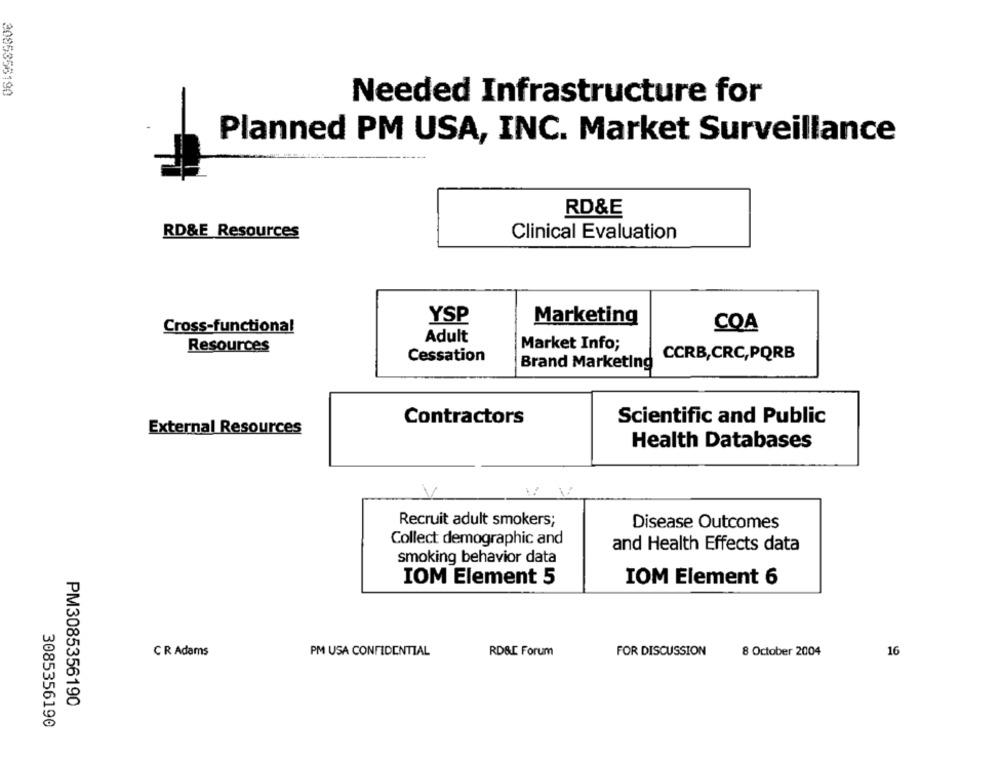
3085356190
Needed Infrastructure for
Planned PM USA, INC. Market Surveillance
RD&E
RD&E Resources
Clinical Evaluation
YSP
Marketing
COA
Cross-functional
Adult
Resources
Market Info;
Cessation
CCRB,CRC,PQRB
Brand Marketing
Contractors
Scientific and Public
External Resources
Health Databases
Recruit adult smokers;
Disease Outcomes
Collect demographic and
and Health Effects data
smoking behavior data
IOM Element 5
IOM Element 6
C R Adams
PM USA CONFIDENTIAL
RD&C Forum
FOR DISCUSSION
8 October 2004
16
PM3085356190
3085356190